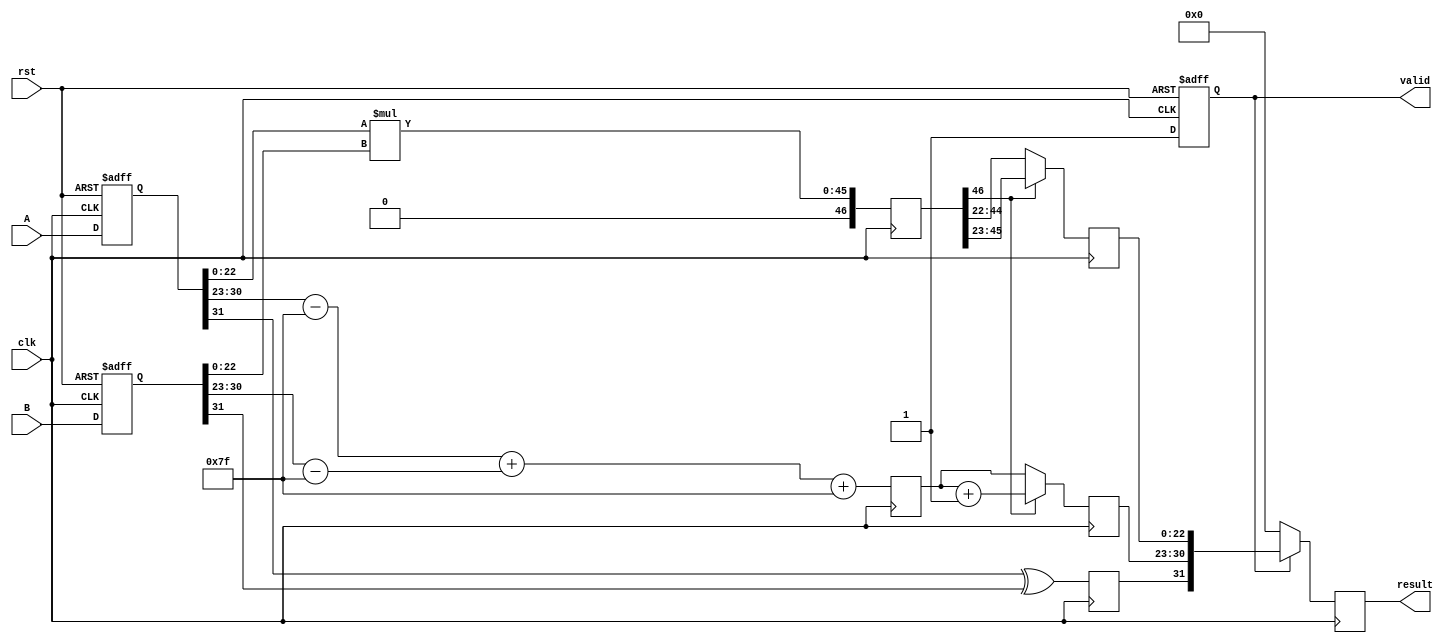
module pipelined_fp_multiplier (
    input clk,
    input rst,
    input [31:0] A,
    input [31:0] B,
    output reg [31:0] result,
    output reg valid
);

// Pipeline registers
reg [31:0] A_reg, B_reg;
reg [7:0] exp_A, exp_B, exp_result;
reg [22:0] mant_A, mant_B, mant_result;
reg sign_A, sign_B, sign_result;
reg [46:0] mant_mult_result;
reg [7:0] exp_adjusted;

// Constants
localparam BIAS = 8'd127;

// Input Stage
always @(posedge clk or posedge rst) begin
    if (rst) begin
        A_reg <= 32'b0;
        B_reg <= 32'b0;
        valid <= 1'b0;
    end else begin
        A_reg <= A;
        B_reg <= B;
        valid <= 1'b1;
    end
end

// Decompose A and B
wire [22:0] mant_A_ext = {1'b1, A_reg[22:0]}; // Implicit leading 1
wire [22:0] mant_B_ext = {1'b1, B_reg[22:0]}; // Implicit leading 1
assign sign_A = A_reg[31];
assign sign_B = B_reg[31];
assign exp_A = A_reg[30:23] - BIAS;
assign exp_B = B_reg[30:23] - BIAS;

// Exponent Calculation Stage
always @(posedge clk) begin
    exp_result <= exp_A + exp_B + BIAS; // Add exponents and apply bias
    sign_result <= sign_A ^ sign_B; // XOR for sign
end

// Mantissa Multiplication Stage
always @(posedge clk) begin
    mant_mult_result <= mant_A_ext * mant_B_ext; // Multiply mantissas
end

// Normalization of Result Stage
always @(posedge clk) begin
    if (mant_mult_result[46]) begin
        mant_result <= mant_mult_result[45:23]; // Shift right
        exp_adjusted <= exp_result + 1; // Increment exponent
    end else begin
        mant_result <= mant_mult_result[44:22]; // Normalized mantissa
        exp_adjusted <= exp_result; // No change in exponent
    end
end

// Output Stage
always @(posedge clk) begin
    if (valid) begin
        result <= {sign_result, exp_adjusted, mant_result};
    end else begin
        result <= 32'b0; // Default output when not valid
    end
end

endmodule